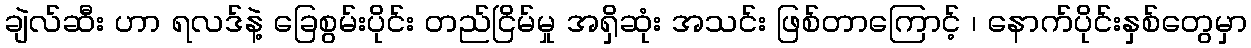
ချဲလ်ဆီး ဟာ ရလဒ်နဲ့ ခြေစွမ်းပိုင်း တည်ငြိမ်မှု အရှိဆုံး အသင်း ဖြစ်တာကြောင့် ၊ နောက်ပိုင်းနှစ်တွေမှာ